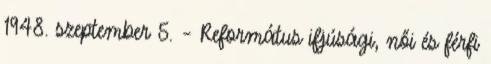
1948. szeptember 5. – Református ifjúsági, női és férfi